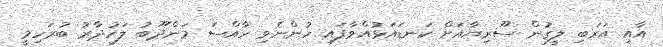
އާއި އަރަބި ލީގުން ސޫރިޔާއަށް ކަނޑައަޅުއްވާފައި ހުންނެވި ހާއްސަ މަންދޫބު ލަހުދާރު ބުރަހިމީ